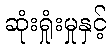
ဆုံးရှုံးမှုနှင့်